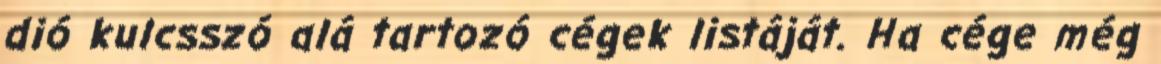
dió kulcsszó alá tartozó cégek listáját. Ha cége még